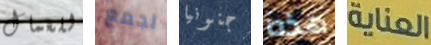
للعمال لجمع جنونيا هذه العناية